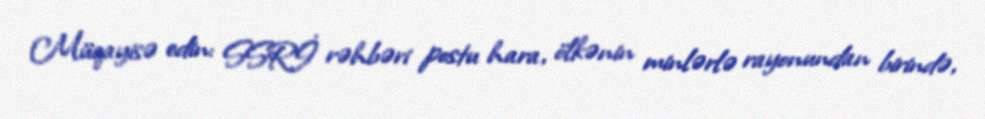
Müqayisə edin: SSRİ rəhbəri postu hara, ölkənin minlərlə rayonundan birində,